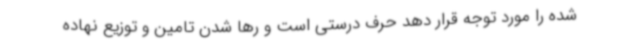
شده را مورد توجه قرار دهد حرف درستی است و رها شدن تامین و توزیع نهاده